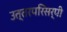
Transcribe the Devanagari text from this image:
उत्तरपरिसर्पी